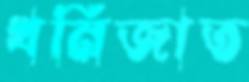
খনিজাত